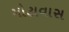
મોટાવાસ